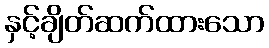
နှင့်ချိတ်ဆက်ထားသော